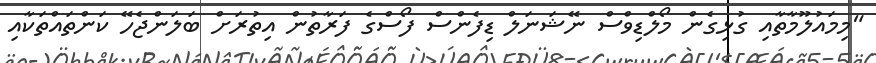
"މިމައުލޫމާތާއި ގުޅިގެން މޯލްޑިވްސް ނޭޝަނަލް ޑިފެންސް ފޯސްގެ ފަރާތުން އިތުރަށް ބަލަންޖެހޭ ކަންތައްތަކާއި